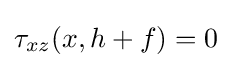
\tau _{xz}(x,h+f)=0